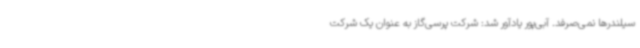
سیلندرها نمی‌صرفد. آبی‌پور یادآور شد: شرکت پرسی‌گاز به عنوان یک شرکت